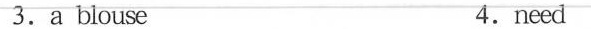
3. a blouse 4. need